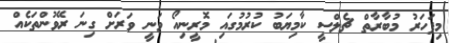
މިފަހަރު މުބާރާތް ޗެލްސީ ކާމިޔަބު ކުރުމުގައި މޮރީނިއޯ ވަނީ ވަރަށް ގިނަ ރޭވުންތަކެއް